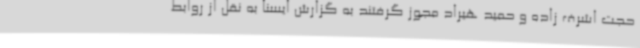
حجت اشرف زاده و حمید هیراد مجوز گرفتند به گزارش ایسنا به نقل از روابط